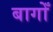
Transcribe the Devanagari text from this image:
बागोँ